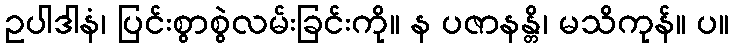
ဥပါဒါနံ၊ ပြင်းစွာစွဲလမ်းခြင်းကို။ န ပဇာနန္တိ၊ မသိကုန်။ ပ။